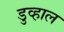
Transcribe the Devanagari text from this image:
डुव्हाल